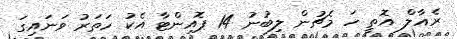
ރެއާލް އޮތީ ހަ މެޗުން ލިބުނު 14 ޕޮއިންޓާ އެކު ހަތަރު ވަނައިގަ